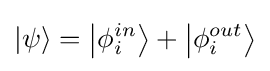
\left|\psi \right\rangle =\left|{\phi _{i}^{in}}\right\rangle +\left|{\phi _{i}^{out}}\right\rangle